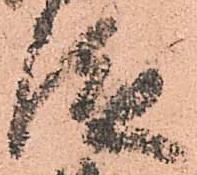
従